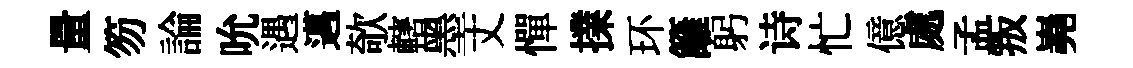
量笏論吮遇邁欹轄墨丈憚擈环籬躬诗忙億處孟叛嶤